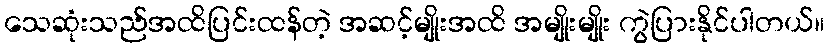
သေဆုံးသည်အထိပြင်းထန်တဲ့ အဆင့်မျိုးအထိ အမျိုးမျိုး ကွဲပြားနိုင်ပါတယ်။